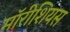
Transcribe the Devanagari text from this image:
मॉरीशियस